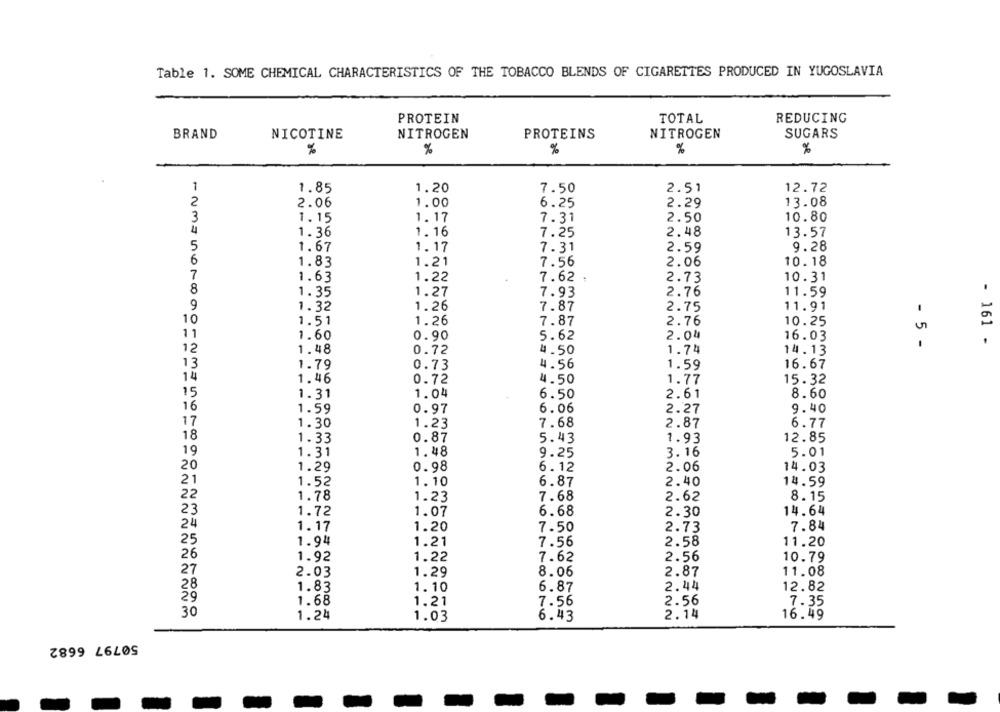
Table 1. SOME CHEMICAL CHARACTERISTICS OF THE TOBACCO BLENDS OF CIGARETTES PRODUCED IN YUGOSLAVIA
PROTEIN
TOTAL
REDUCING
BRAND
NICOTINE
NITROGEN
PROTEINS
NITROGEN
SUGARS
%
%
%
%
%
1
1.85
1.20
7.50
2.51
12.72
2
2.06
1.00
6.25
2.29
13.08
3
1.15
1.17
7.31
2.50
10.80
4
1. 36
1. 16
7.25
2.48
13.57
5
1.67
1.17
7.31
2.59
9.28
MNmu
6
1.83
1.21
7.56
2.06
10.18
7
1.63
1.22
7.62
10.31
2.73
8
1.35
1.27
11.59
7.93
2.76
9
1.26
1.32
7.87
2.75
11.91
10
1.51
1.26
2.76
7.87
10.25
11
1.60
0.90
5.62
2.04
16.03
12
- 5 -
- 161 -
1.48
0.72
4.50
1.74
14.13
13
1.79
0.73
4.56
1.59
16.67
14
1.46
0.72
4.50
1.77
15. 32
15
1.31
1.04
6.50
2.61
8.60
16
1.59
0.97
6.06
2.27
9.40
17
1.30
1.23
7.68
2.87
6.77
18
1.33
0.87
5.43
1.93
12.85
19
1.31
1.48
9.25
3.16
5.01
20
1.29
0.98
6.12
2.06
14.03
21
1.52
1.10
6.87
2.40
14.59
22
1.78
1.23
7.68
2.62
8.15
23
1.72
1.07
6.68
2.30
14.64
24
1.17
2.73
7.84
1.20
7.50
25
1.94
1.21
7.56
2.58
11.20
26
1.92
1.22
7.62
2.56
10.79
27
2.03
1.29
8.06
2.87
11.08
1.83
1.10
6.87
2.44
12.82
1.68
1.21
7.56
2.56
7.35
30
1.24
1.03
6.43
2.14
16.49
50797 6682